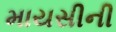
માયસીની